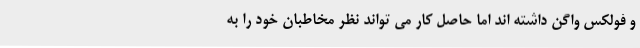
و فولکس واگن داشته اند اما حاصل کار می تواند نظر مخاطبان خود را به